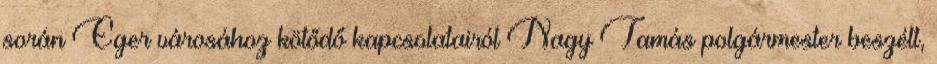
során Eger városához kötődő kapcsolatairól Nagy Tamás polgármester beszélt,